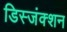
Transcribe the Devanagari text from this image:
डिस्जंक्शन